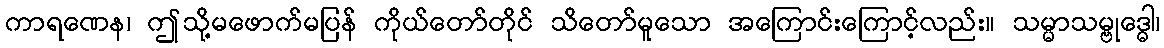
ကာရဏေန၊ ဤသို့မဖောက်မပြန် ကိုယ်တော်တိုင် သိတော်မူသော အကြောင်းကြောင့်လည်း။ သမ္မာသမ္ဗုဒ္ဓေါ၊